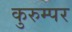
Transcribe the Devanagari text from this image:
कुरुम्पर